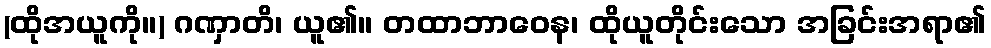
(ထိုအယူကို။) ဂဏှာတိ၊ ယူ၏။ တထာဘာဝေန၊ ထိုယူတိုင်းသော အခြင်းအရာ၏